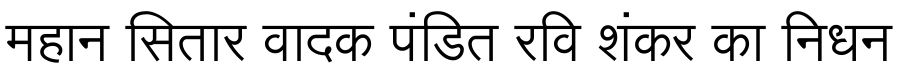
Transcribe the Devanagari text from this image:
महान सितार वादक पंडित रवि शंकर का निधन